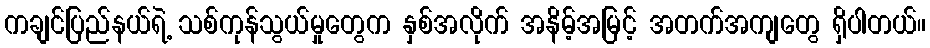
ကချင်ပြည်နယ်ရဲ့ သစ်ကုန်သွယ်မှုတွေက နှစ်အလိုက် အနိမ့်အမြင့် အတက်အကျတွေ ရှိပါတယ်။